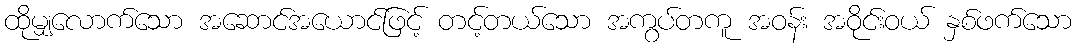
ထိုမျှလောက်သော အဆောင်အယောင်ဖြင့် တင့်တယ်သော အကွပ်တကူ အဝန်း အဝိုင်းဝယ် နှစ်ဖက်သော